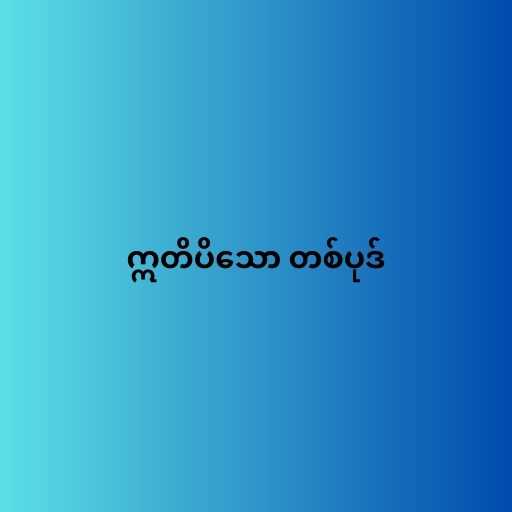
ဣတိပိသော တစ်ပုဒ်